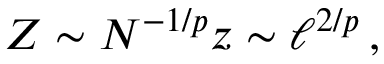
Z \sim N ^ { - 1 / p } z \sim \ell ^ { 2 / p } \, ,